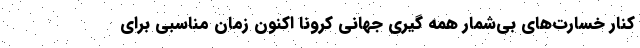
کنار خسارت‌های بی‌شمار همه گیری جهانی کرونا اکنون زمان مناسبی برای